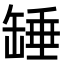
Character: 䍋